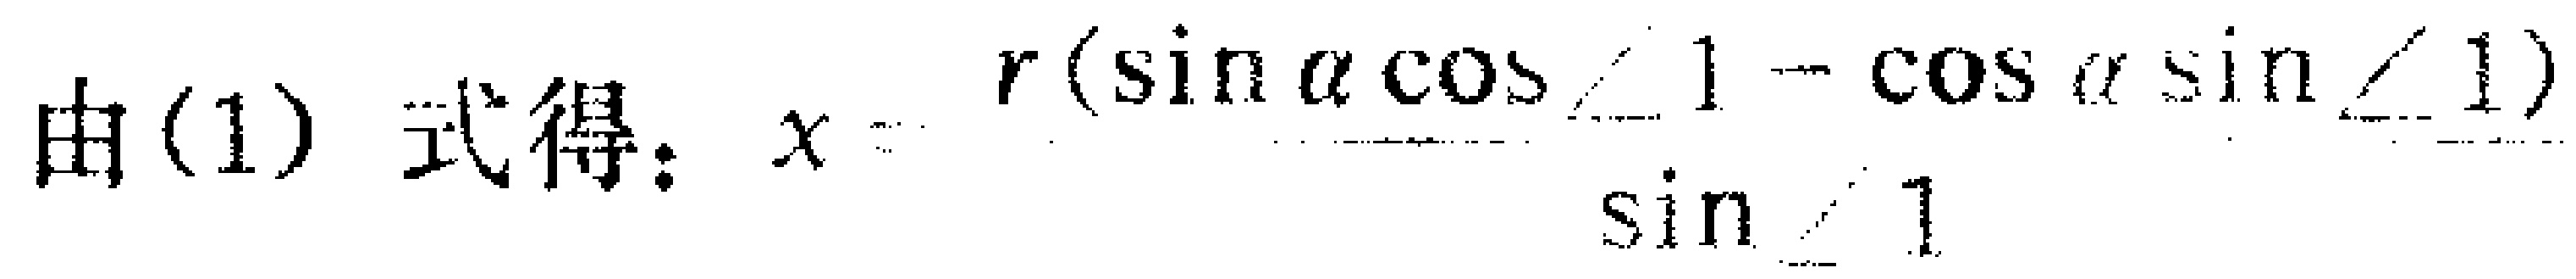
由(1) 式得：\(x = \frac{r(\sin\alpha\cos\angle1 - \cos\alpha\sin\angle1)}{\sin\angle1}\)